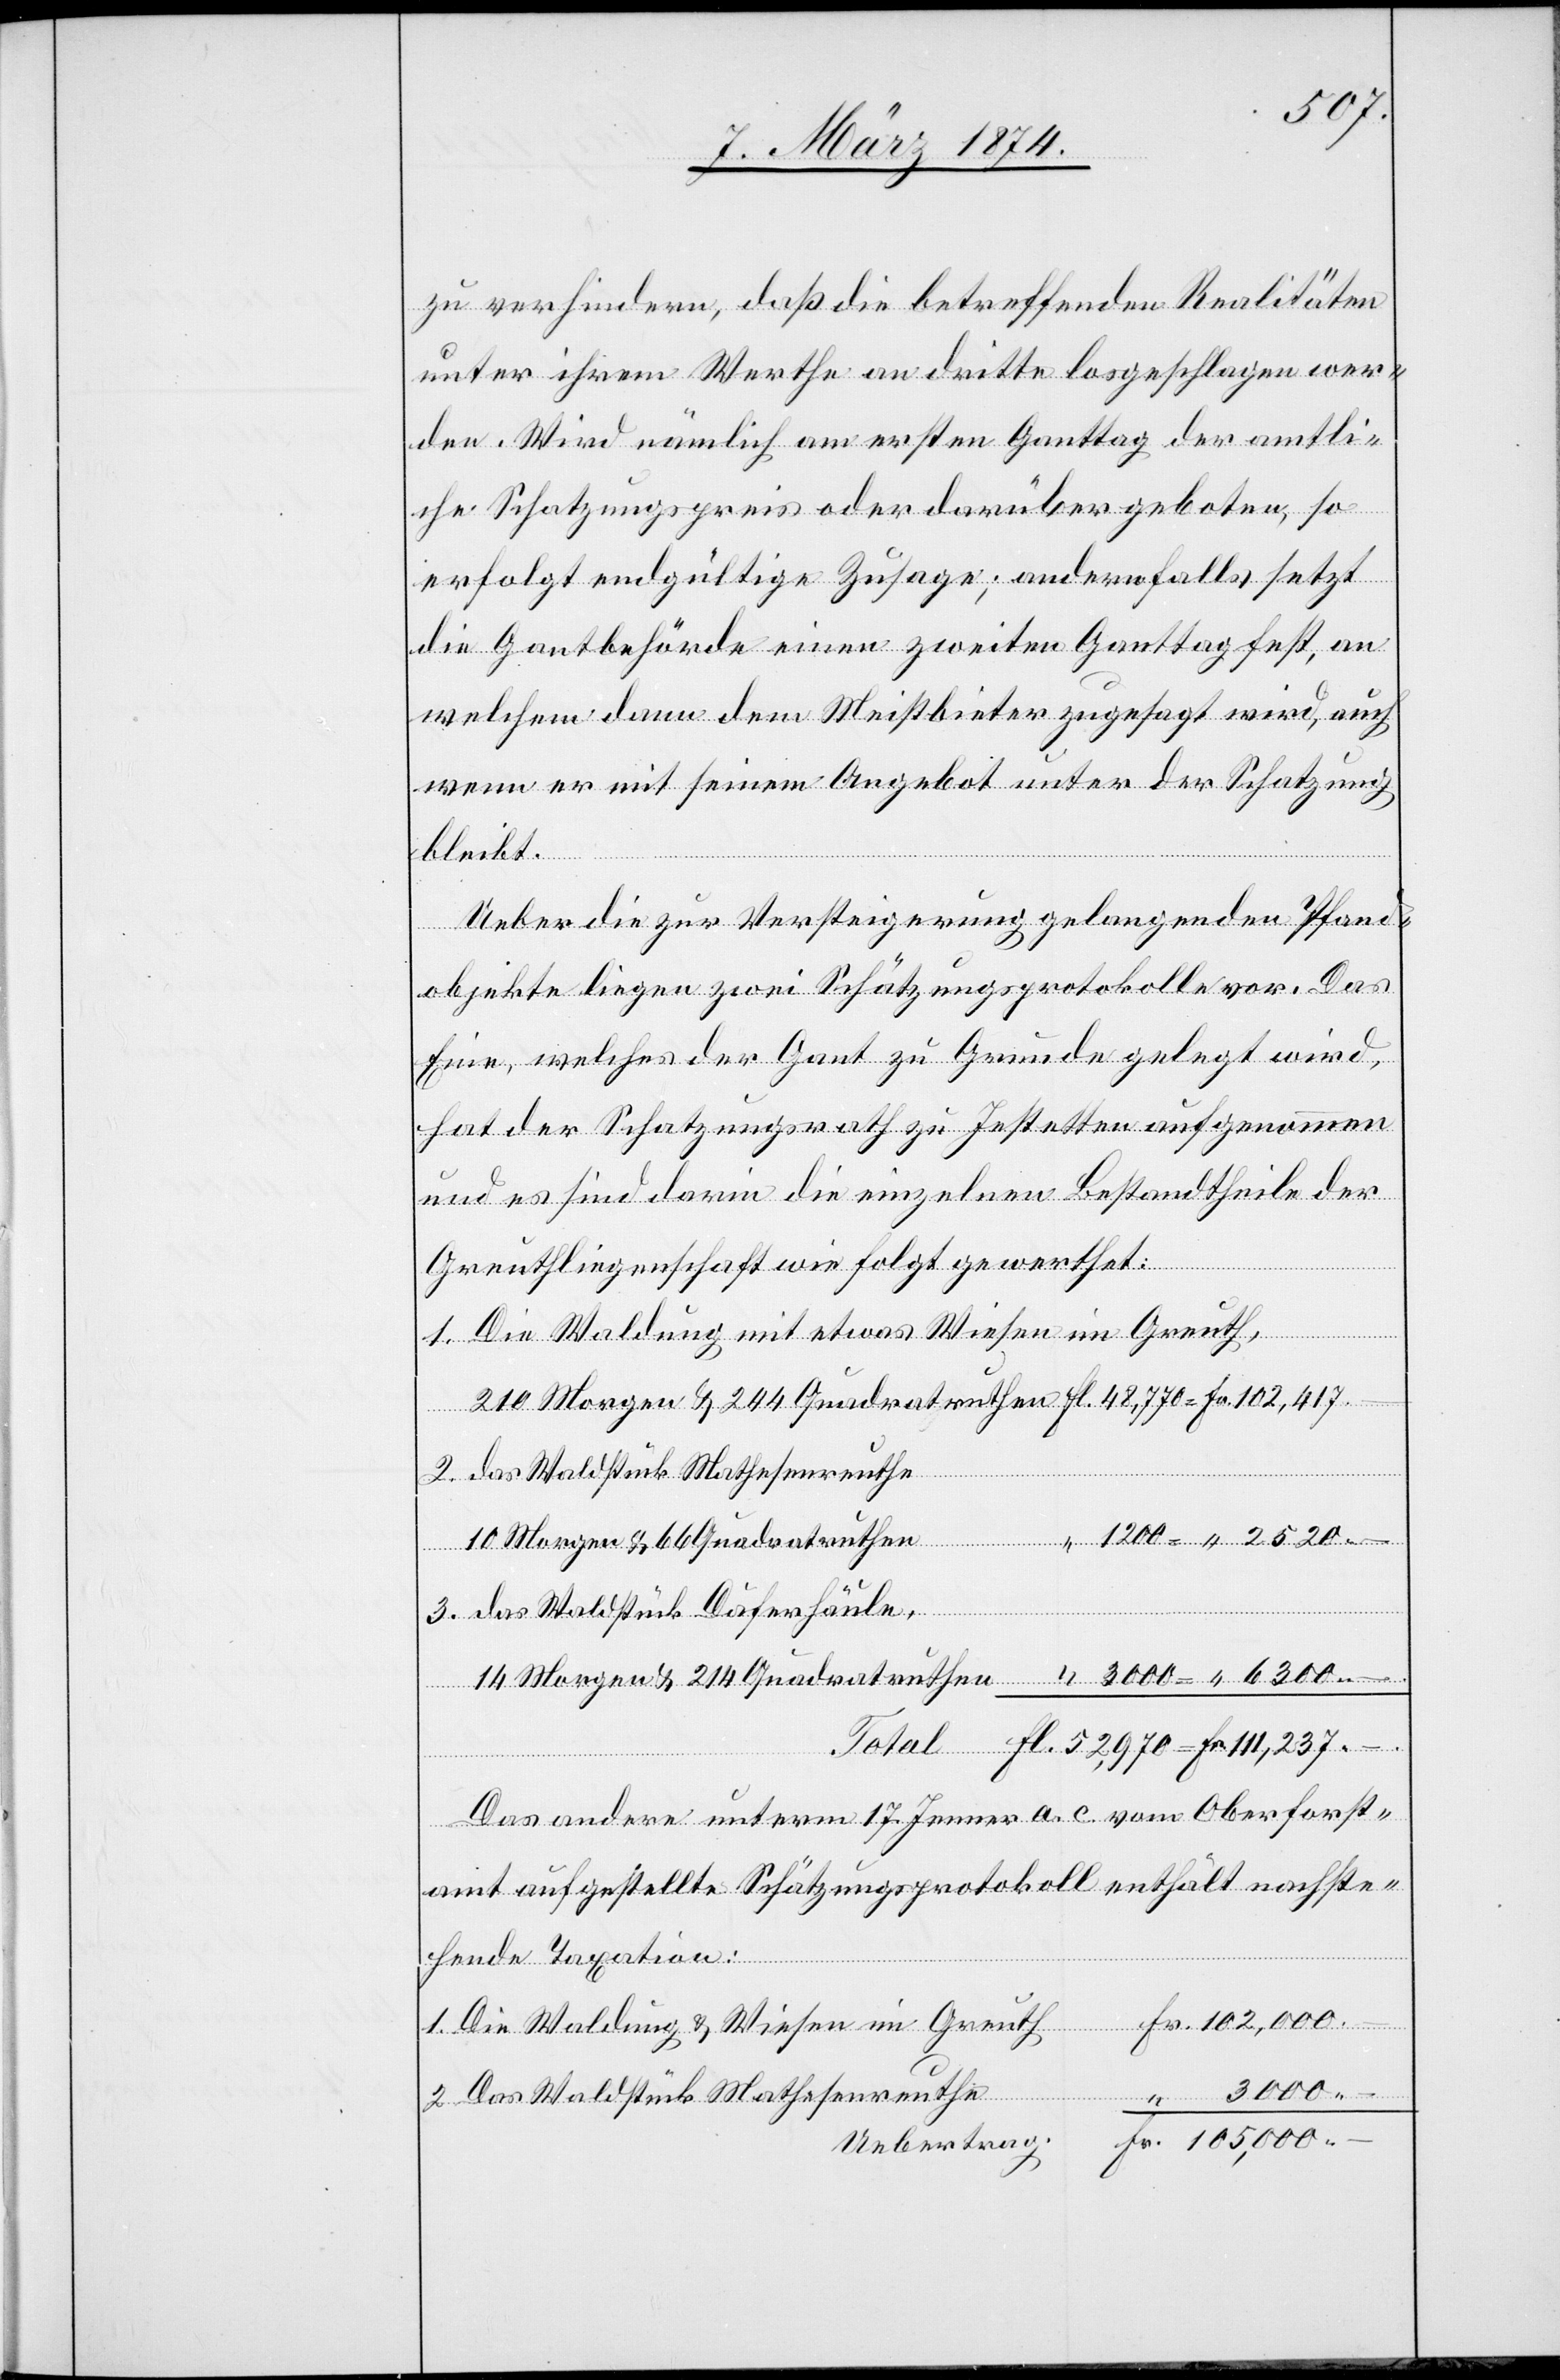
zu verhindern, daß die betreffenden Realitäten
unter ihrem Werthe an dritte losgeschlagen wer¬
den. Wird nämlich am ersten Ganttag der amtli¬
che Schatzungspreis oder darüber geboten, so
erfolgt endgültige Zusage; andernfalls setzt
die Gantbehörde einen zweiten Ganttag fest, an
welchem dann dem Meistbieter zugesagt wird, auch
wenn er mit seinem Angebot unter der Schatzung
bleibt.
Ueber die zur Versteigerung gelangenden Pfand¬
objekte liegen zwei Schätzungsprotokolle vor. Das
Eine, welches der Gant zu Grunde gelegt wird,
hat der Schatzungsrath zu Jestetten aufgenommen
und es sind darin die einzelnen Bestandtheile der
Greuthliegenschaft wie folgt gewerthet:
1. Die Waldung mit etwas Wiese im Greuth,
210 Morgen u. 244 Quadratruthen 		Fl. 48,770 = Fr. 102,417.–
2. das Waldstück Mathesenreuthe
“ 1200 = “ 2520 .–
10 Morgen u. 66 Quadratruthen
3. das Waldstück Däferhäule,
14 Morgen u. 214 Quadratruthen		 “ 3000 = “ 6300 .–
Total Fl. 52,970 = Fr. 111,237.–
Das andere unterm 17. Jenner a. c. vom Oberforst¬
amt aufgestellte Schätzungsprotokoll enthält nachste¬
hende Taxation:
Fr. 102,000.–
1. Die Waldung u. Wiesen im Greuth
3000.–
2. Das Waldstück Mathesenreuthe